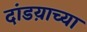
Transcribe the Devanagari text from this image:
दांडय़ाच्या